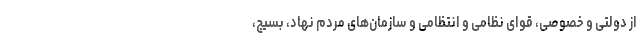
از دولتی و خصوصی، قوای نظامی و انتظامی و سازمان‌های مردم نهاد، بسیج،